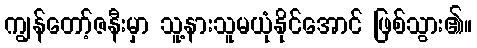
ကျွန်တော့်ဇနီးမှာ သူ့နားသူမယုံနိုင်အောင် ဖြစ်သွား၏။